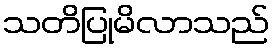
သတိပြုမိလာသည်